Leaving Certificate Examination, 1924
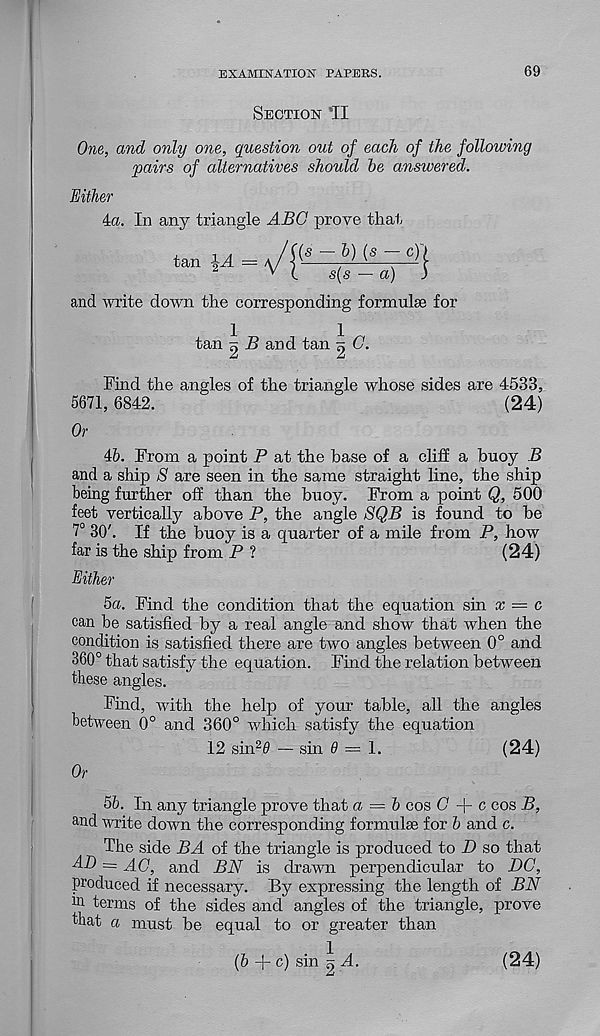
EXAMINATION PAPERS.
69
Section 'II
One, and only one, question out of each of the following
'pairs of alternatives should he answered.
Either
4a. In any triangle ABO prove that
and write down the corresponding formulae for
tan 2 B and tan g G.
Find the angles of the triangle whose sides are 4533,
5671,6842.
(24)
Or
46. From a point P at the base of a cliff a buoy B
and a ship S are seen in the same straight line, the ship
being further off than the buoy. From a point Q, 500
feet vertically above P, the angle SQB is found to he
7° 30'. If the buoy is a quarter of a mile from P, how
far is the ship from P ?
(24)
Either
5a. Find the condition that the equation sin x — c
can be satisfied by a real angle and show that when the
condition is satisfied there are two angles between 0° and
360° that satisfy the equation. Find the relation between
these angles.
Find, with the help of your table, all the angles
between 0° and 360° which satisfy the equation
12 sin 2 # — sin 0 = 1.
(24)
Or
5b. In any triangle prove that a = b cos (7 + 0 cos B,
and write down the corresponding formulae for b and c.
The side BA of the triangle is produced to D so that
AD = AC, and BN is drawn perpendicular to DC,
produced if necessary. By expressing the length of BN
111 terms of the sides and angles of the triangle, prove
that a must be equal to or greater than
(b + c) sin g A.
(24)